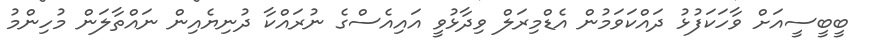
ބީބީސީއަށް ވާހަކަފުޅު ދައްކަވަމުން އެޑްމިރަލް ވިދާޅުވީ އައިއެސްގެ ނުރައްކާ ދުނިޔެއިން ނައްތާލަން މުހިންމު